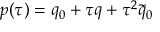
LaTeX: p ( \tau ) = q _ { 0 } + \tau q + \tau ^ { 2 } \tilde { q } _ { 0 }